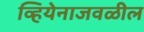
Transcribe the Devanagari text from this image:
व्हियेनाजवळील